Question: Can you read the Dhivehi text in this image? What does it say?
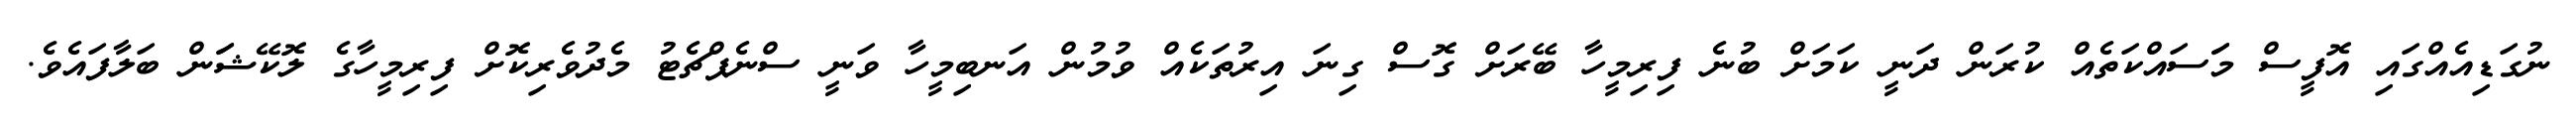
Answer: ނުގަޑިއެއްގައި އޮފީސް މަަސައްކަތެއް ކުރަން ދަނީ ކަމަށް ބުނެ ފިރިމީހާ ބޭރަށް ގޮސް ގިނަ އިރުތަކެއް ވުމުން އަނބިމީހާ ވަނީ ސްނެޕްޗެޓު މެދުވެރިކޮށް ފިރިމީހާގެ ލޮކޭޝަަން ބަލާފައެވެ.